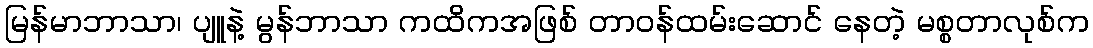
မြန်မာဘာသာ၊ ပျူနဲ့ မွန်ဘာသာ ကထိကအဖြစ် တာဝန်ထမ်းဆောင် နေတဲ့ မစ္စတာလုစ်က